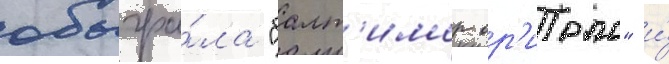
обыгра́ла "балт'имор ор'иолс" и́